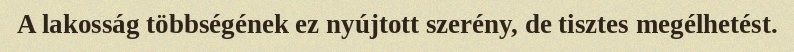
A lakosság többségének ez nyújtott szerény, de tisztes megélhetést.